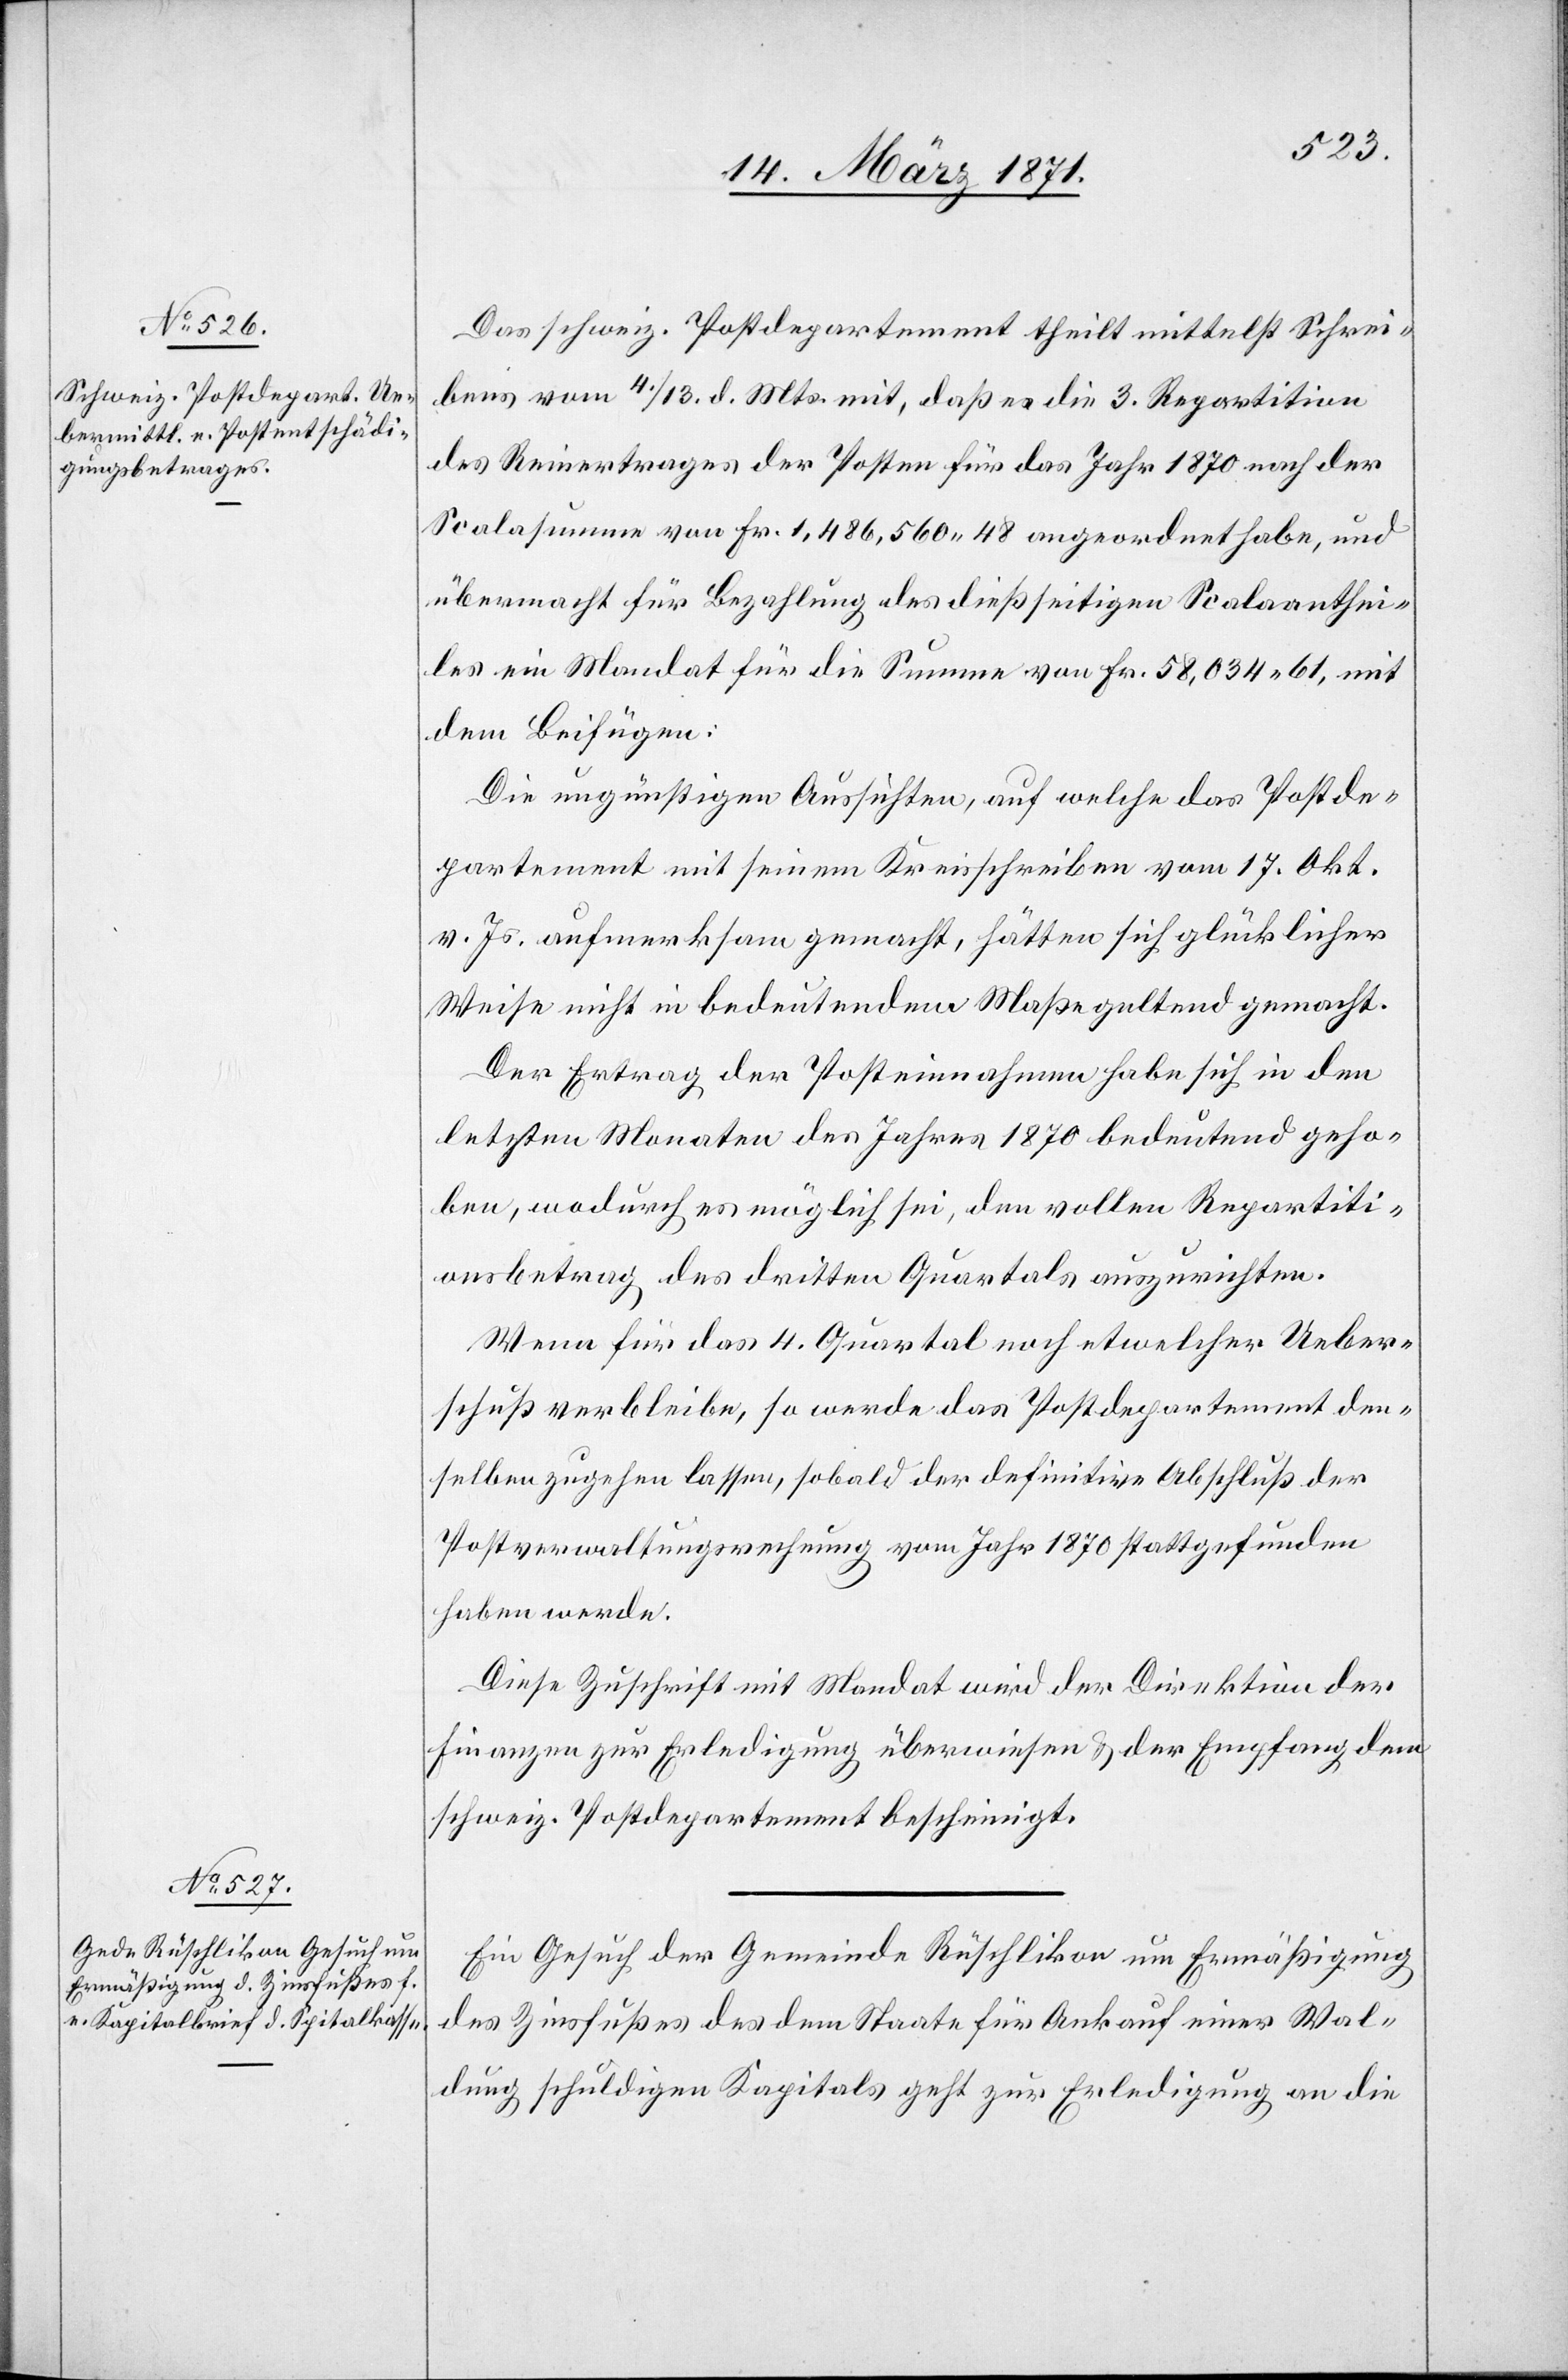
14. März 1871.]
Das schweiz. Postdepartement theilt mittelst Schrei¬
ben vom 4./13. d. Mts. mit, daß es die 3. Reparation
des Reinertrages der Posten für das Jahr 1870 nach der
Scalasumme von Fr. 1,486,560.48 angeordnet habe, und
übermacht für Bezahlung des dießseitigen Scalaanthei¬
les ein Mandat für die Summe von Fr. 58,034.61 mit
dem Beifügen:
Die ungünstigen Aussichten auf welche das Postde¬
partement mit seinem Kreisschreiben vom 17. Okt.
v. Js. aufmerksam gemacht, hätten sich glücklicher
Weise nicht in bedeutendem Maße geltend gemacht.
Der Ertrag der Posteinnahmen habe sich in den
letzten Monaten des Jahres 1870 bedeutend geho¬
ben, wodurch es möglich sei, den vollen Repartiti¬
onsbetrag des dritten Quartals auszurichten.
Wenn für das 4. Quartal noch etwelcher Ueber¬
schuß verbleibe, so werde das Postdepartement den¬
selben zugehen lassen, sobald der definitive Abschluß der
Postverwaltungsrechnung vom Jahr 1870 stattgefunden
haben werde.
Diese Zuschrift mit Mandat wird der Direktion der
Finanzen zur Erledigung überwiesen u. der Empfang dem
schweiz. Postdepartement bescheinigt.
Ein Gesuch der Gemeinde Rüschlikon um Ermäßigung
des Zinsfußes des dem Staate für Ankauf einer Wal¬
dung schuldigen Kapitals geht zur Erledigung an die